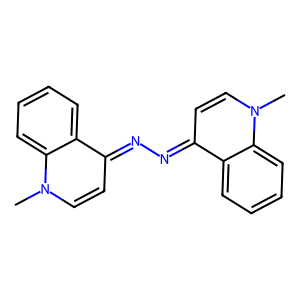
SMILES: Cn1ccc(=NN=c2ccn(C)c3ccccc23)c2ccccc21
Inhibits HIV replication: No